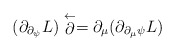
\begin{align*}(\partial_{\partial_\psi}L)\stackrel{\leftarrow}{\partial}= \partial_\mu (\partial_{\partial_\mu \psi} L)\end{align*}